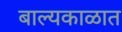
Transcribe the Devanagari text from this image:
बाल्यकाळात